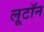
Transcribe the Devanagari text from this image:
लूटॉन